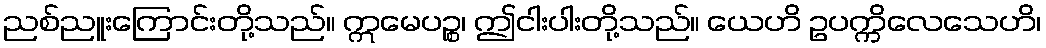
ညစ်ညူးကြောင်းတို့သည်။ ဣမေပဉ္စ၊ ဤငါးပါးတို့သည်။ ယေဟိ ဥပက္ကိလေသေဟိ၊